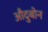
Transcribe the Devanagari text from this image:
औदुबोन